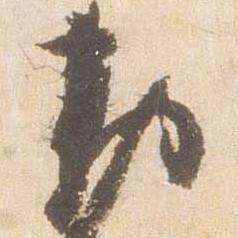
勅